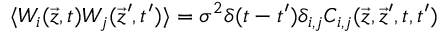
\langle W _ { i } ( \vec { z } , t ) W _ { j } ( \vec { z } ^ { \prime } , t ^ { \prime } ) \rangle = \sigma ^ { 2 } \delta ( t - t ^ { \prime } ) \delta _ { i , j } C _ { i , j } ( \vec { z } , \vec { z } ^ { \prime } , t , t ^ { \prime } )